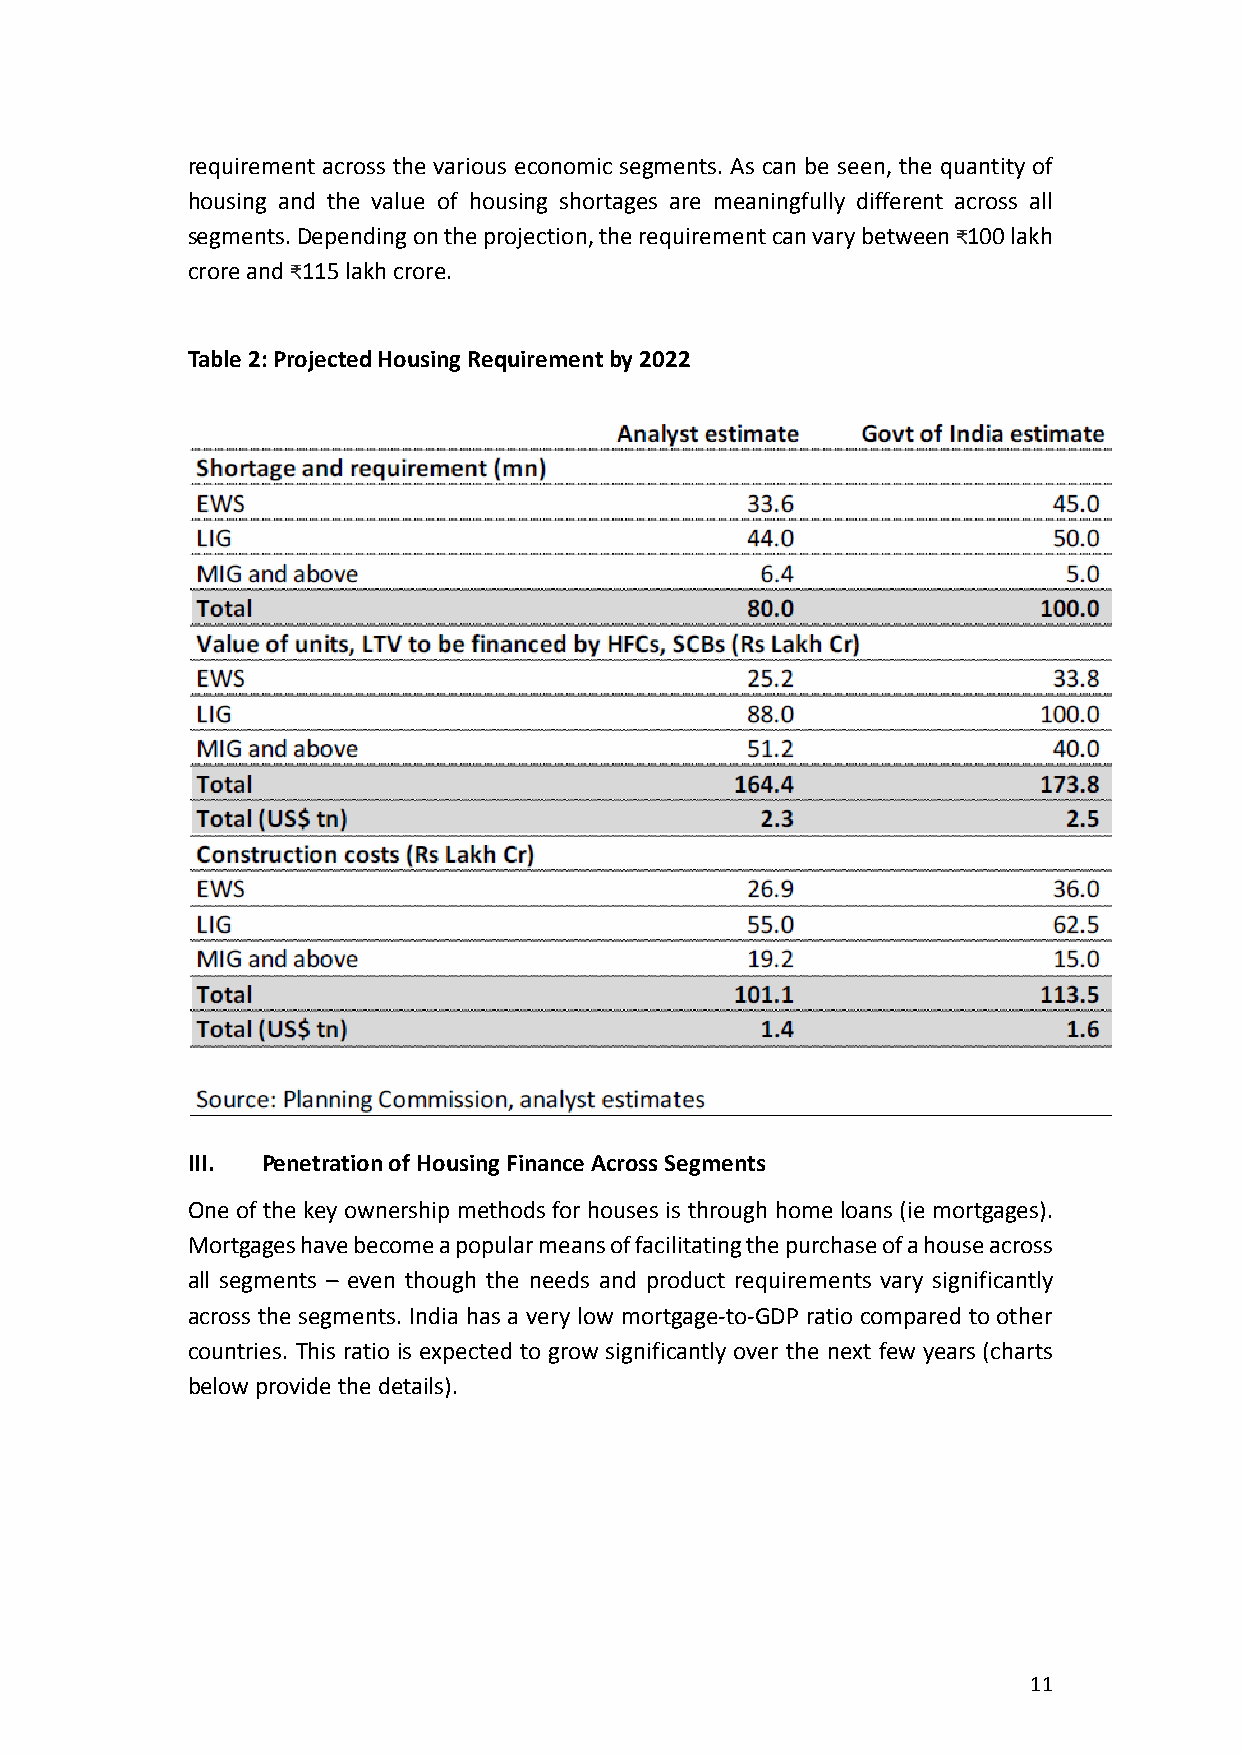
requirement across the various economic segments. As can be seen, the quantity of
 housing and the value of housing shortages are meaningfully different across all
 segments. Depending on the projection, the requirement can vary between ₹100 lakh
 crore and ₹115 lakh crore.
 Table 2: Projected Housing Requirement by 2022
 III. Penetration of Housing Finance Across Segments
 One of the key ownership methods for houses is through home loans (ie mortgages).
 Mortgages have become a popular means of facilitating the purchase of a house across
 all segments – even though the needs and product requirements vary significantly
 across the segments. India has a very low mortgage-to-GDP ratio compared to other
 countries. This ratio is expected to grow significantly over the next few years (charts
 below provide the details).
 11